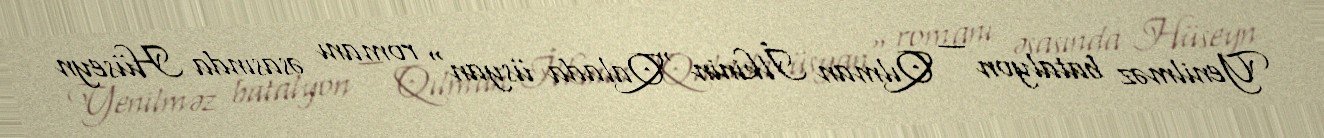
Yenilməz batalyon — Qılman İlkinin "Qalada üsyan" romanı əsasında Hüseyn